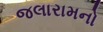
જલારામનો